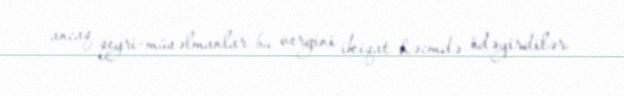
ancaq qeyri-müsəlmanlar bu vergini ikiqat həcmdə ödəyirdilər.